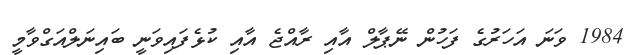
1984 ވަނަ އަހަރުގެ ފަހުން ނޭޕާލް އާއި ރާއްޖެ އާއި ކުޅެފައިވަނީ ބައިނަލްއަގްވާމީ